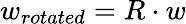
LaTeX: w_{rotated}=R\cdot w